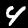
Digit: 4